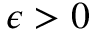
\epsilon > 0